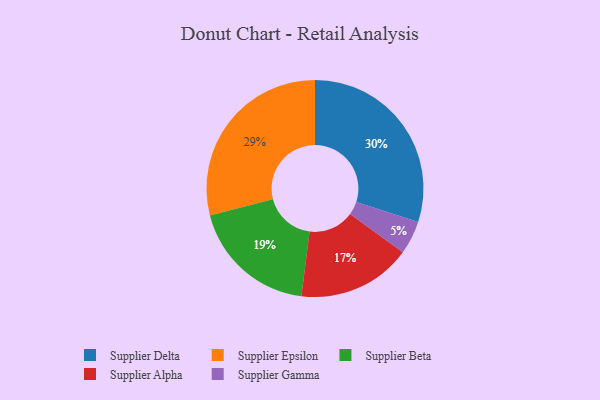
{"axis": {"x": "Category", "y": "Percentage"}, "legend": ["Supplier Alpha", "Supplier Beta", "Supplier Delta", "Supplier Epsilon", "Supplier Gamma"], "data": [{"x": "Supplier Beta", "y": 19, "type": "Supplier Beta"}, {"x": "Supplier Epsilon", "y": 29, "type": "Supplier Epsilon"}, {"x": "Supplier Alpha", "y": 17, "type": "Supplier Alpha"}, {"x": "Supplier Delta", "y": 30, "type": "Supplier Delta"}, {"x": "Supplier Gamma", "y": 5, "type": "Supplier Gamma"}]}